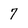
Character: 7